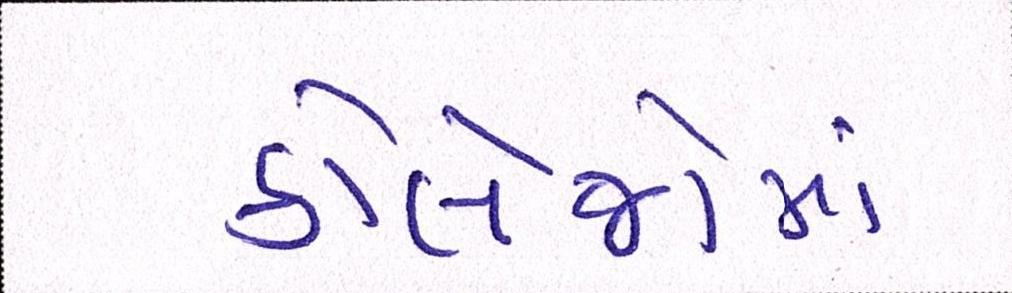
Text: કોલેજોમાં